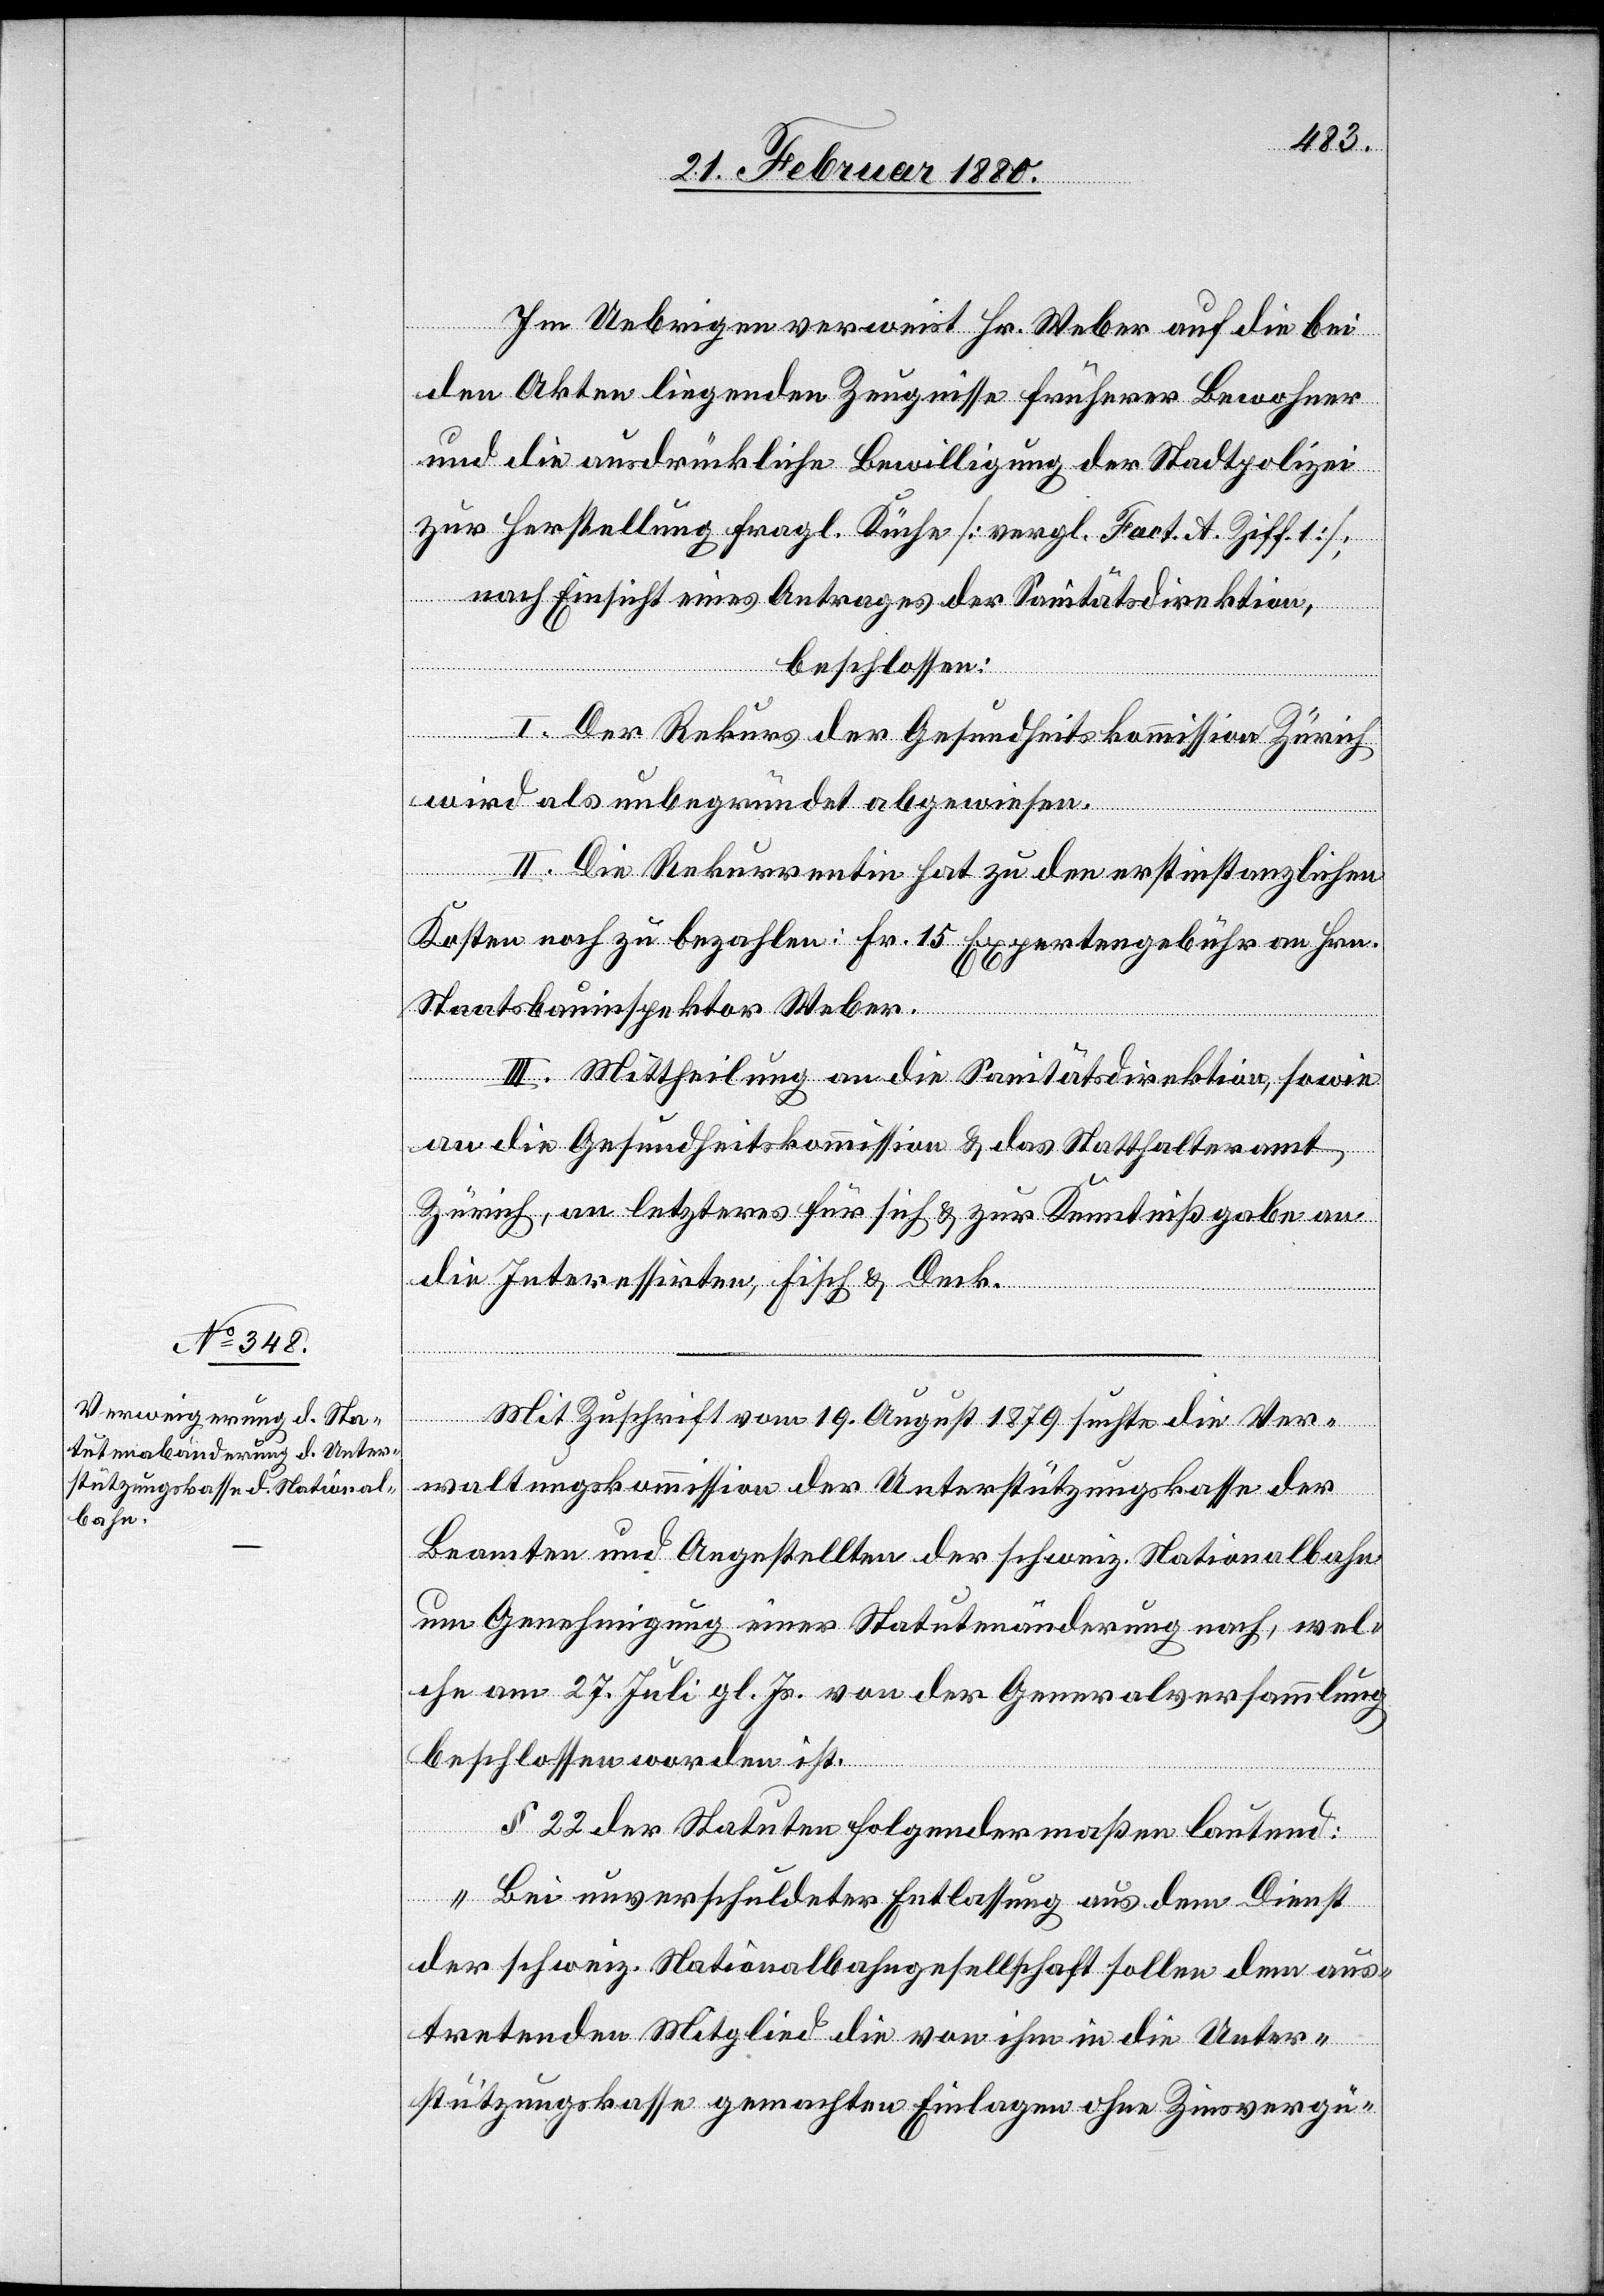
Im Uebrigen verweist Hr. Weber auf die bei
den Akten liegenden Zeugnisse früherer Bewohner
und die ausdrückliche Bewilligung der Stadtpolizei
zur Herstellung fragl. Küche [vergl. Fact. A Ziff. 1];
nach Einsicht eines Antrages der Sanitätsdirektion,
beschlossen:
I. Der Rekurs der Gesundheitskommission Zürich
wird als unbegründet abgewiesen.
II. Die Rekurrentin hat zu den erstinstanzlichen
Kosten noch zu bezahlen: Fr. 15 Expertengebühr an Hrn.
Staatsbauinspektor Weber.
III. Mittheilung an die Sanitätsdirektion, sowie
an die Gesundheitskommission & das Statthalteramt
Zürich, an letzteres für sich & zur Kenntnißgabe an
die Interessirten, Fisch & Deck.
Mit Zuschrift vom 19. August 1879 suchte die Ver¬
waltungskommission der Unterstützungskasse der
Beamten und Angestellten der schweiz. Nationalbahn
um Genehmigung einer Statutenänderung nach, wel¬
che am 27. Juli gl. Js. von der Generalversammlung
beschlossen worden ist:
§ 22 der Statuten folgendermaßen lautend:
„Bei unverschuldeter Entlassung aus dem Dienst
der schweiz. Nationalbahngesellschaft sollen dem aus¬
tretenden Mitglied die von ihm in die Unter¬
stützungskasse gemachten Einlagen ohne Zinsvergü-